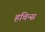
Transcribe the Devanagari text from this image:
हचिन्स